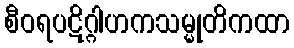
စီဝရပဋိဂ္ဂါဟကသမ္မုတိကထာ